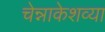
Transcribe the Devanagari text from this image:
चेन्नाकेशव्या